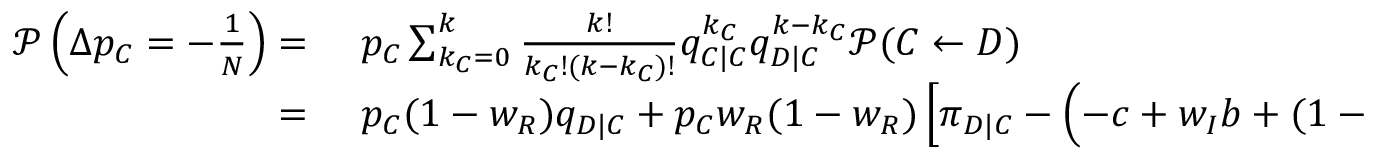
\begin{array} { r l } { \mathcal { P } \left( \Delta p _ { C } = - \frac { 1 } { N } \right) = } & { { } ~ p _ { C } \sum _ { k _ { C } = 0 } ^ { k } { \frac { k ! } { k _ { C } ! ( k - k _ { C } ) ! } q _ { C | C } ^ { k _ { C } } q _ { D | C } ^ { k - k _ { C } } \mathcal { P } ( C \gets D ) } } \\ { = } & { { } ~ p _ { C } ( 1 - w _ { R } ) q _ { D | C } + p _ { C } w _ { R } ( 1 - w _ { R } ) \left[ \pi _ { D | C } - \left( - c + w _ { I } b + ( 1 - w _ { I } ) \frac { k - 1 } { k } q _ { C | C } b \right) \right] q _ { D | C } \delta } \end{array}